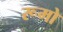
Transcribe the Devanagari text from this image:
रूमो